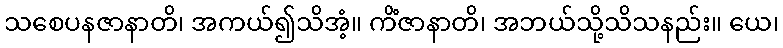
သစေပနဇာနာတိ၊ အကယ်၍သိအံ့။ ကိံဇာနာတိ၊ အဘယ်သို့သိသနည်း။ ယေ၊